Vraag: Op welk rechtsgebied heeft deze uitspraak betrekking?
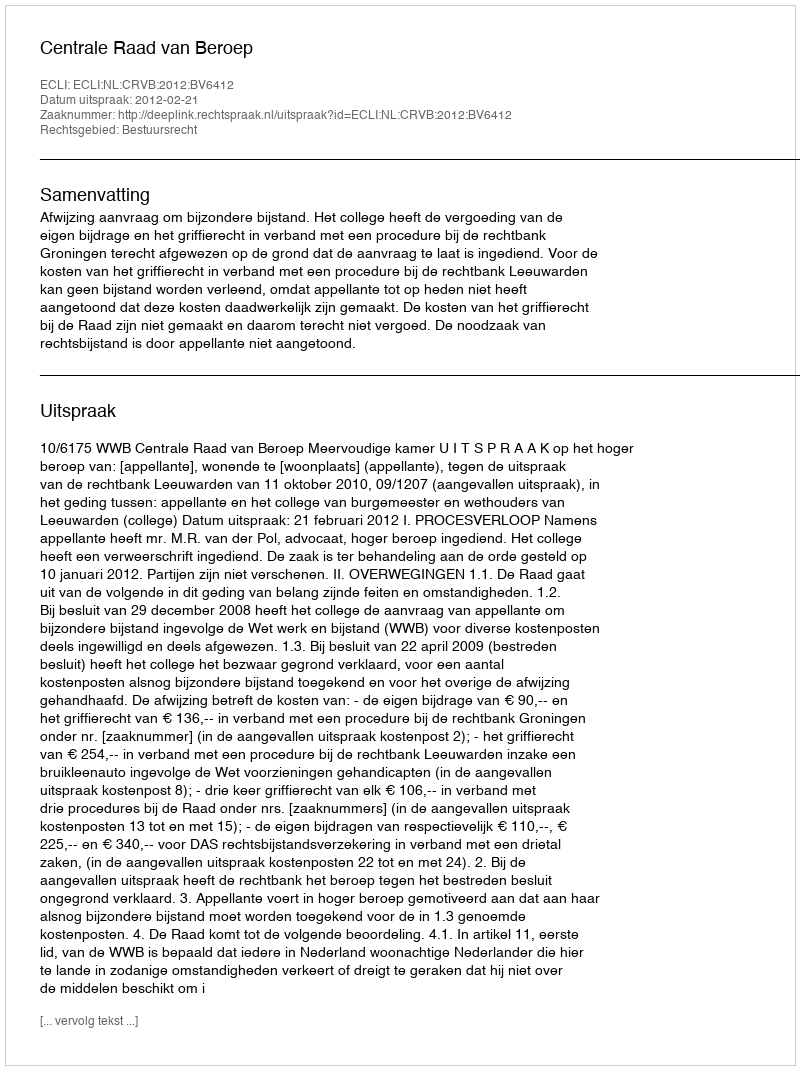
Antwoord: Bestuursrecht